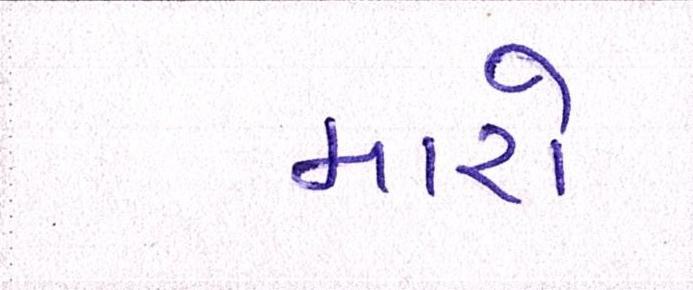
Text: મારો